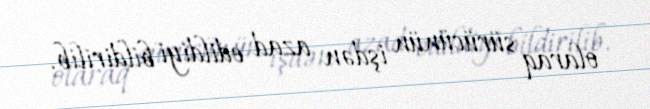
olaraq sürücünün işdən azad edildiyi bildirilib.